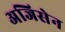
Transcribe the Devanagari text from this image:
अजिसेन